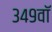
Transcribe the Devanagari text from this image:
३४९वॉ